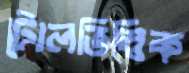
টোলভিত্তিক